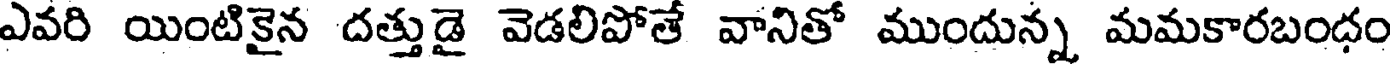
ఎవరి యింటికైన దత్తుడై వెడలిపోతే వానితో ముందున్న మమకారబంధం